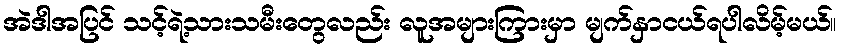
အဲဒါအပြင် သင့်ရဲ့သားသမီးတွေလည်း လူအများကြားမှာ မျက်နှာငယ်ရပါလိမ့်မယ်။